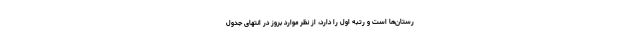
رستان‌ها است و رتبه اول را دارد، از نظر موارد بروز در انتهای جدول